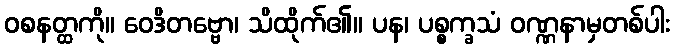
ဝစနတ္ထကို။ ဝေဒိတဗ္ဗော၊ သိထိုက်၏။ ပန၊ ပစ္စက္ခသံ ဝဏ္ဏနာမှတစ်ပါး